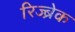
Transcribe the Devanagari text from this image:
रिज्ब्रेक